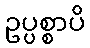
ဥပ္ပစ္စာပိ